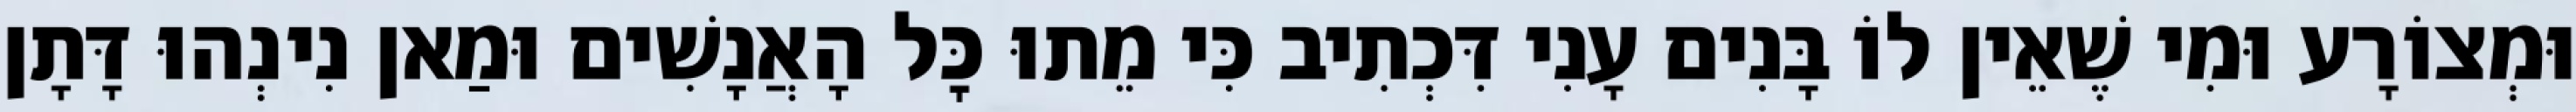
וּמְצוֹרָע וּמִי שֶׁאֵין לוֹ בָּנִים עָנִי דִּכְתִיב כִּי מֵתוּ כׇּל הָאֲנָשִׁים וּמַאן נִינְהוּ דָּתָן